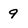
Character: 9